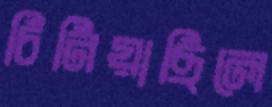
চিনিয়াছিলে